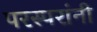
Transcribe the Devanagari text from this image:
परस्परांनी